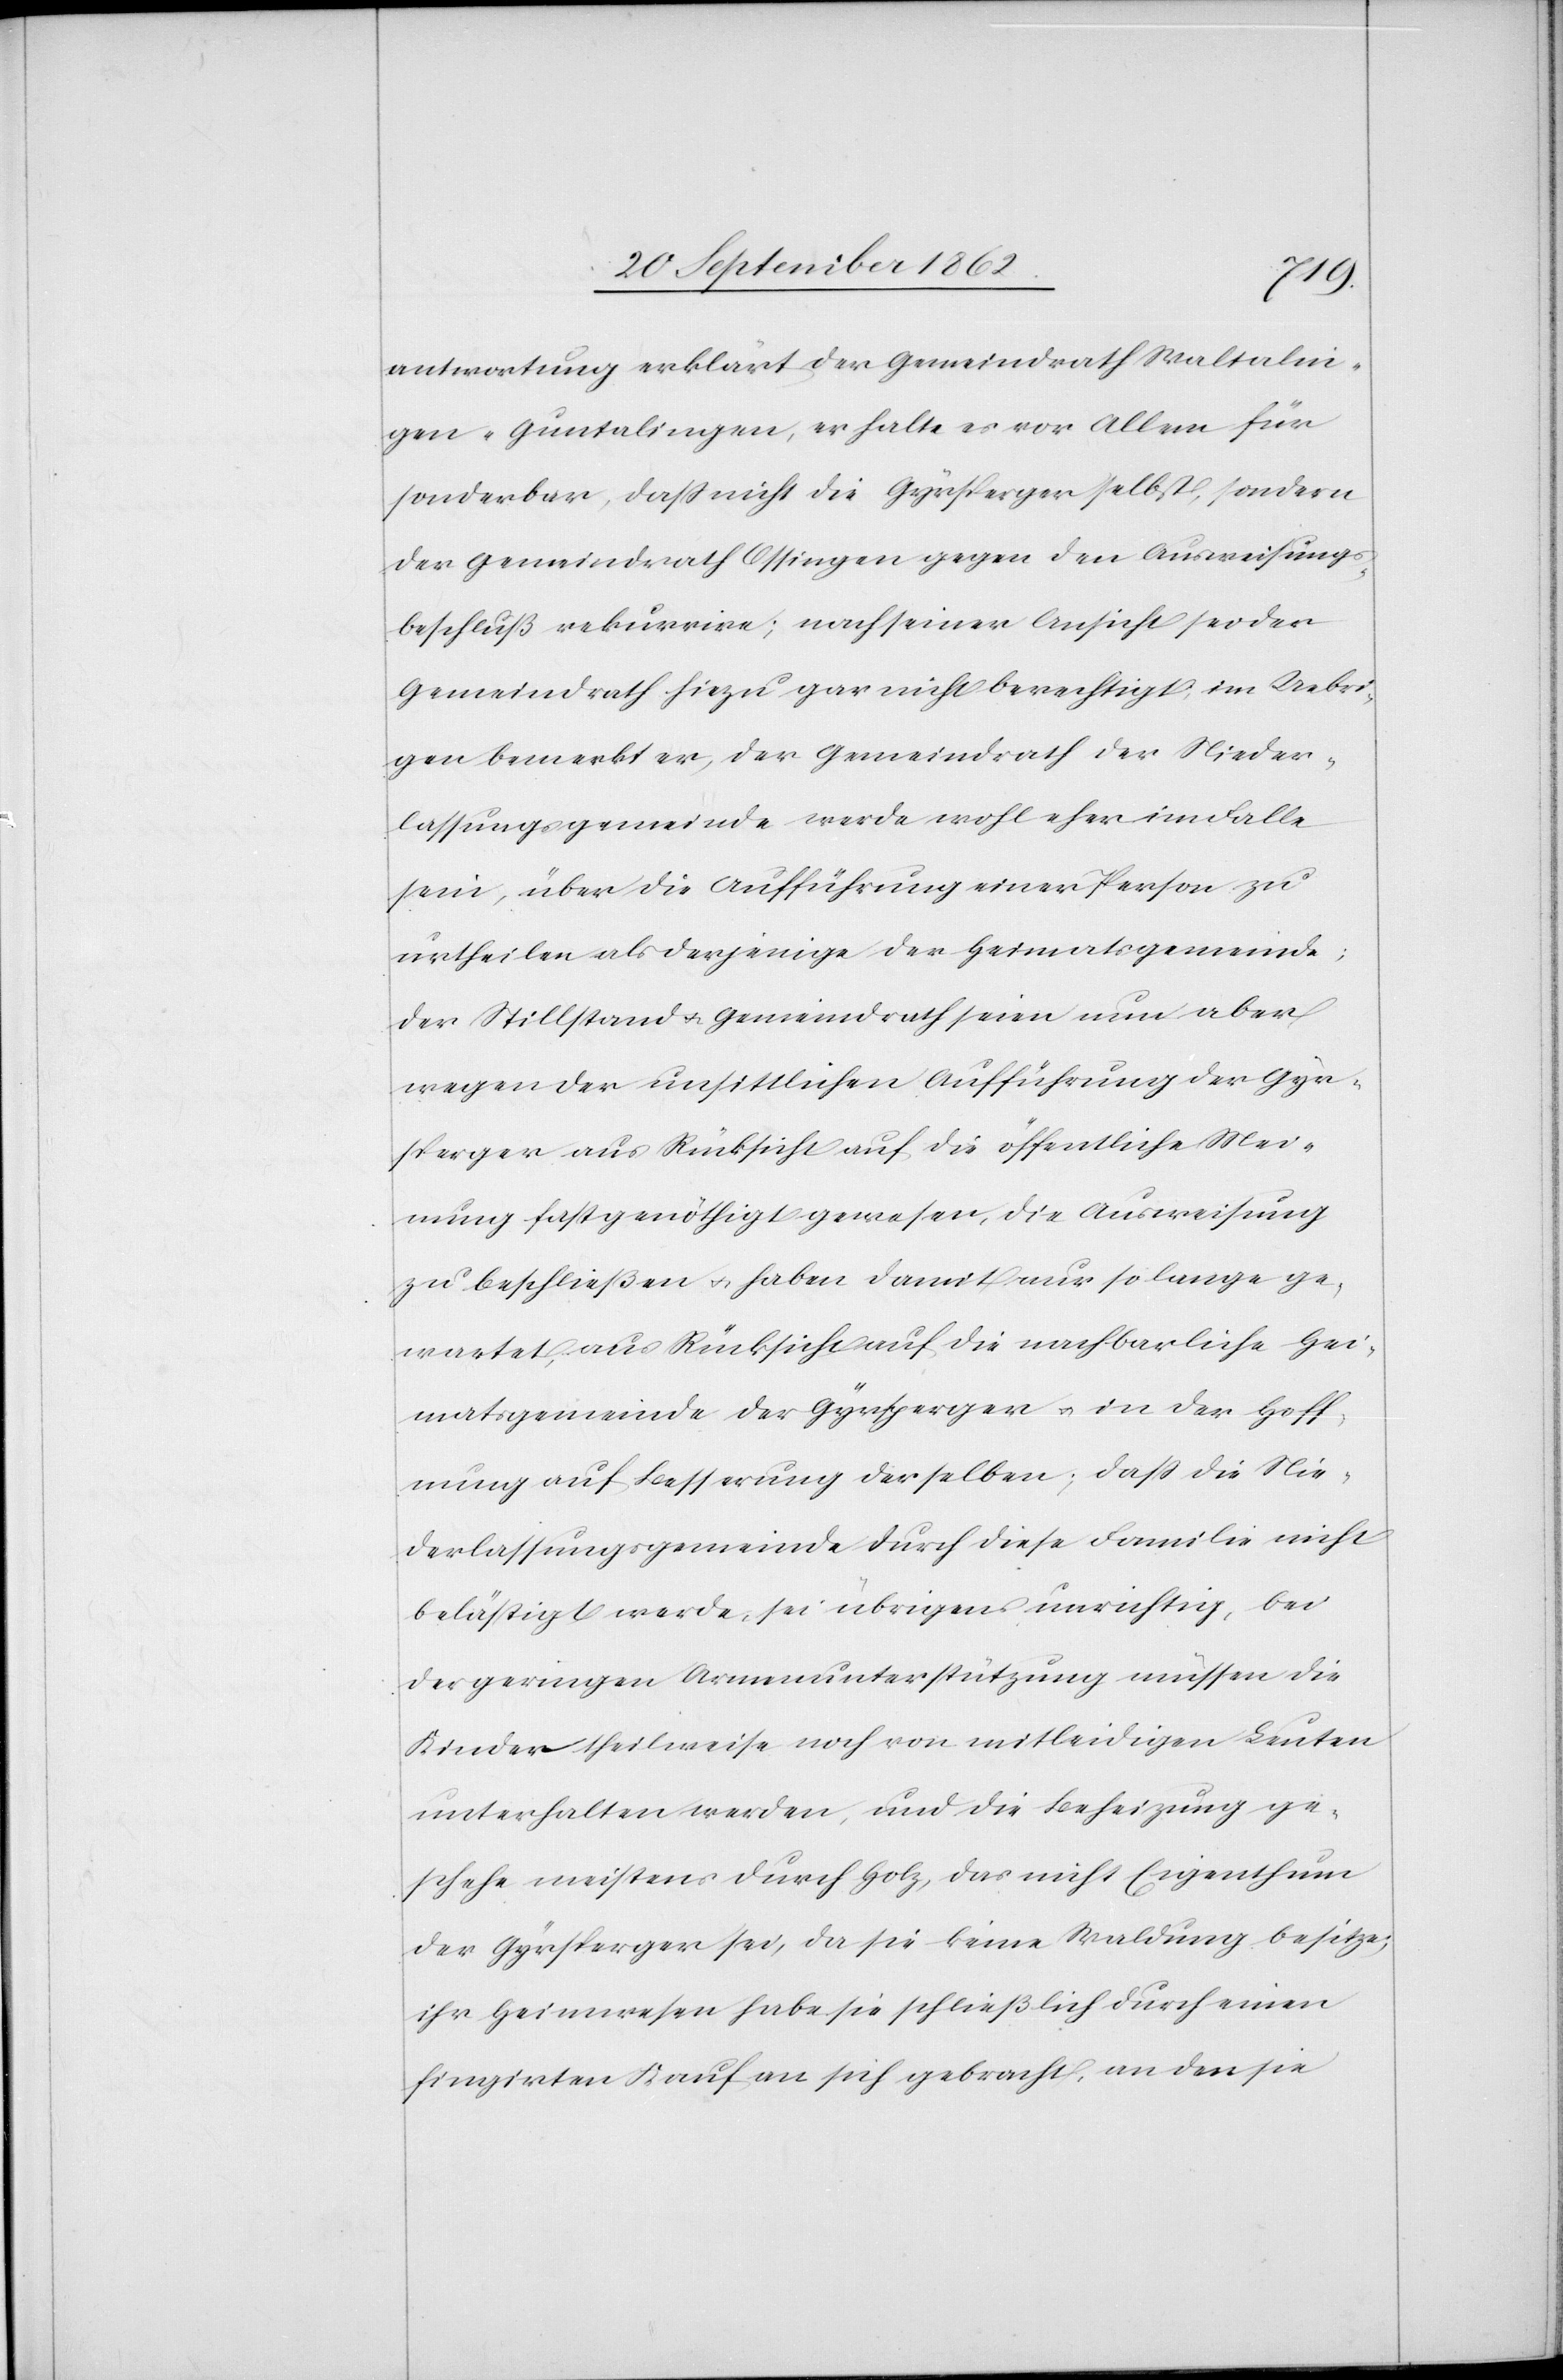
antwortung erklärt der Gemeindrath Waltalin¬
gen-Guntalingen, er halte es vor Allem für
sonderbar, daß nicht die Gyrsperger selbst, sondern
der Gemeindrath Ossingen gegen den Ausweisungs¬
beschluß rekurrire; nach seiner Ansicht sei der
Gemeindrath hiezu gar nicht berechtigt, im Uebri¬
gen bemerkt er, der Gemeindrath der Nieder¬
lassungsgemeinde werde wohl eher im Falle
sein, über die Aufführung einer Person zu
urtheilen als derjenige der Heimatsgemeinde;
der Stillstand u. Gemeindrath seien nun aber
wegen der unsittlichen Aufführung der Gyr¬
sperger aus Rücksicht auf die öffentliche Mei¬
nung fast genöthigt gewesen, die Ausweisung
zu beschließen u. habe damit nur so lange ge¬
wartet, aus Rücksicht auf die nachbarliche Hei¬
matsgemeinde der Gyrsperger u. in der Hoff¬
nung auf Besserung derselben; daß die Nie¬
derlassungsgemeinde durch diese Familie nicht
belästigt werde, sei übrigens unrichtig, bei
der geringen Armenunterstützung müssen die
Kinder theilweise noch von mitleidigen Leuten
unterhalten werden, und die Beheizung ge¬
schehe meistens durch Holz, das nicht Eigenthum
der Gyrsperger sei, da sie keine Waldung besitze;
ihr Heimwesen habe sie schließlich durch einen
fingirten Kauf an sich gebracht, an den sie